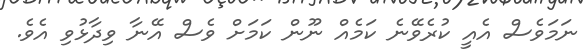
ނަމަވެސް އެއީ ކުރެވޭނެ ކަމެއް ނޫން ކަމަށް ވެސް އޭނާ ވިދާޅުވި އެވެ.